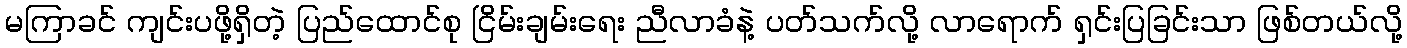
မကြာခင် ကျင်းပဖို့ရှိတဲ့ ပြည်ထောင်စု ငြိမ်းချမ်းရေး ညီလာခံနဲ့ ပတ်သက်လို့ လာရောက် ရှင်းပြခြင်းသာ ဖြစ်တယ်လို့